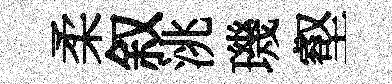
柔叙洮璣壑